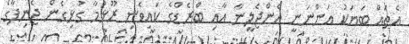
އެތައް ބަޔަކު އަންނަނީ އެންޖެލީނާ އާއި ބްރެޑްގެ ކައިވެނި ރޫޅުމާ ގުޅިގެން ޖެނިފާގެ